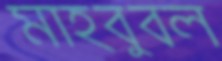
মাহবুবল